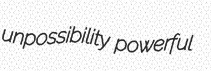
unpossibility powerful